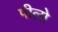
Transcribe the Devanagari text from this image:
पीलो